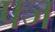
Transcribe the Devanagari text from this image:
फ्ज